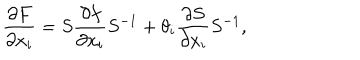
\frac { \partial F } { \partial x _ { i } } = S \frac { \partial f } { \partial x _ { i } } S ^ { - 1 } + \theta _ { i } \frac { \partial S } { \partial x _ { i } } S ^ { - 1 } ,